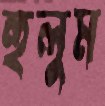
হুলুম